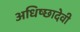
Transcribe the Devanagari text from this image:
अधिष्छादेवी